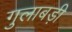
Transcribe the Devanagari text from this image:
गुलाबड़ी